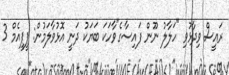
ރައީސް ވިދާޅުވި "ހަލާލު ނޫން ފައިސާގެ"ވާހަކަ ބަޔަކު ދަނީ އޮޅުވާލަމުން: ޕީޕީއެމް 3